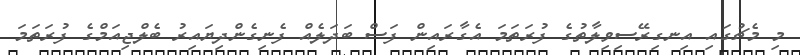
މި މެޗުގައި އިނގިރޭސިވިލާތުގެ ފުރަތަމަ އެގާރައިން ފަސް ބަދަލެއް ފެނިގެންދިޔައިރު ބެލްޖިއަމްގެ ފުރަތަމަ